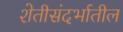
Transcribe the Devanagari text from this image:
शेतीसंदर्भातील